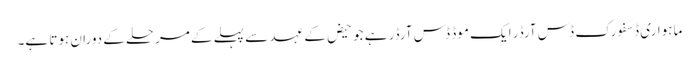
ماہواری ڈسفورک ڈس آرڈر ایک موڈ ڈس آرڈر ہے جو حیض کے عہد سے پہلے کے مرحلے کے دوران ہوتا ہے۔